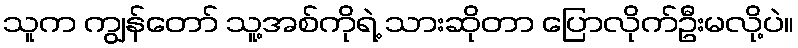
သူက ကျွန်တော် သူ့အစ်ကိုရဲ့ သားဆိုတာ ပြောလိုက်ဦးမလို့ပဲ။